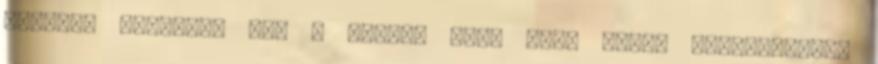
mivolta aggaszt, nem a hibák, mert arra azért számítottam,